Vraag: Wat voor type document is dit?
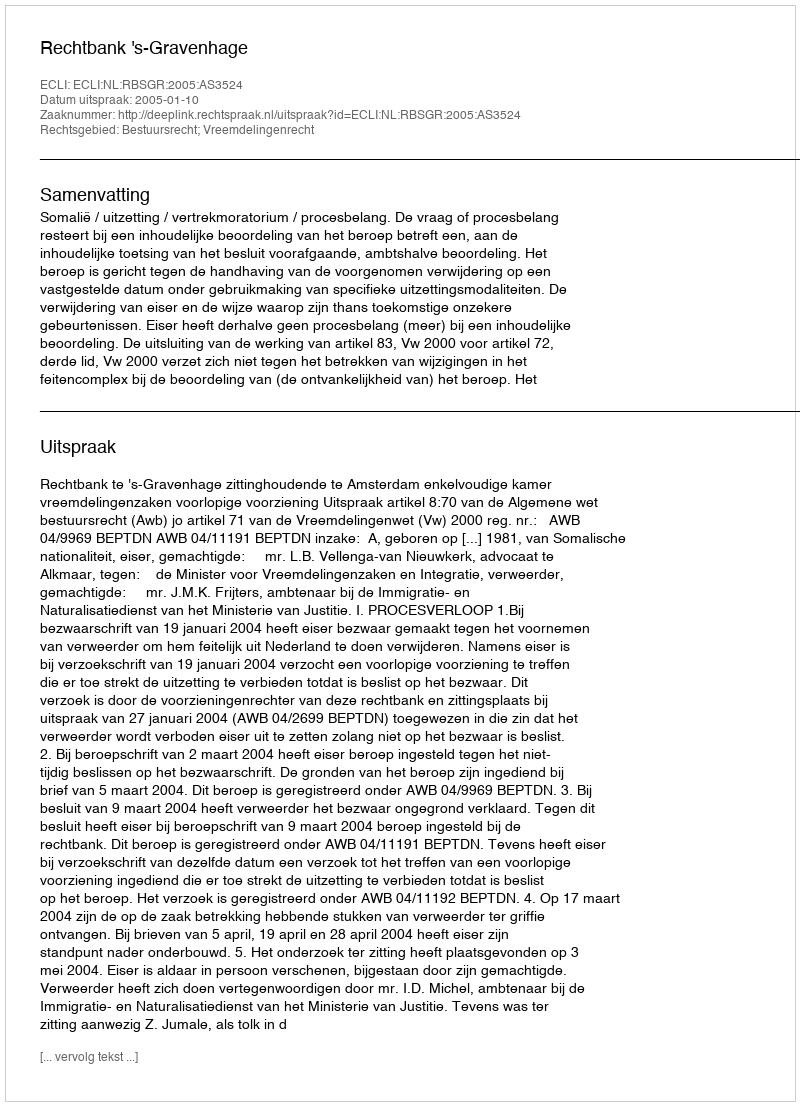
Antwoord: Uitspraak